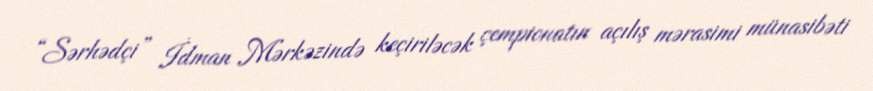
“Sərhədçi” İdman Mərkəzində keçiriləcək çempionatın açılış mərasimi münasibəti